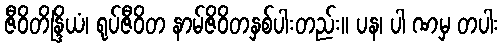
ဇီဝိတိန္ဒြိယံ၊ ရုပ်ဇီဝိတ နာမ်ဇိဝိတနှစ်ပါးတည်း။ ပန၊ ပါ ဏမှ တပါး